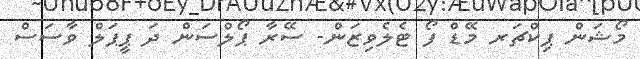
މޯޝަން ޕިކްޗަރ މޭޑް ފޯ ޓެލެވިޒަން- ސޭރާ ޕޯލްސަން ދަ ޕީޕަލް ވާސަސް